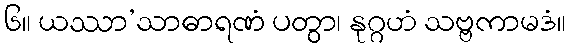
၆။ ယဿာ’သာဓာရဏံ ပတွာ၊ နုဂ္ဂဟံ သဗ္ဗကာမဒံ။